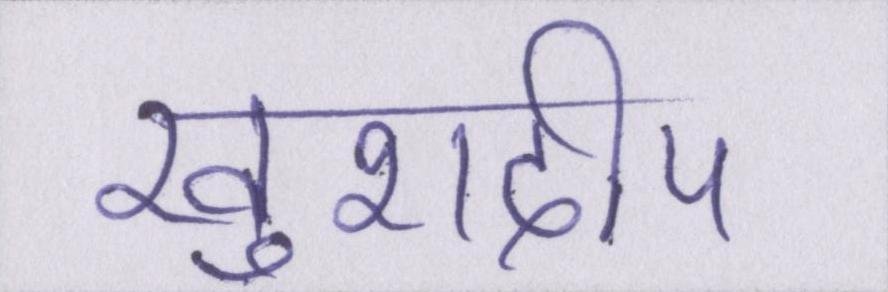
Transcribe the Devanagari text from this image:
खुशदीप